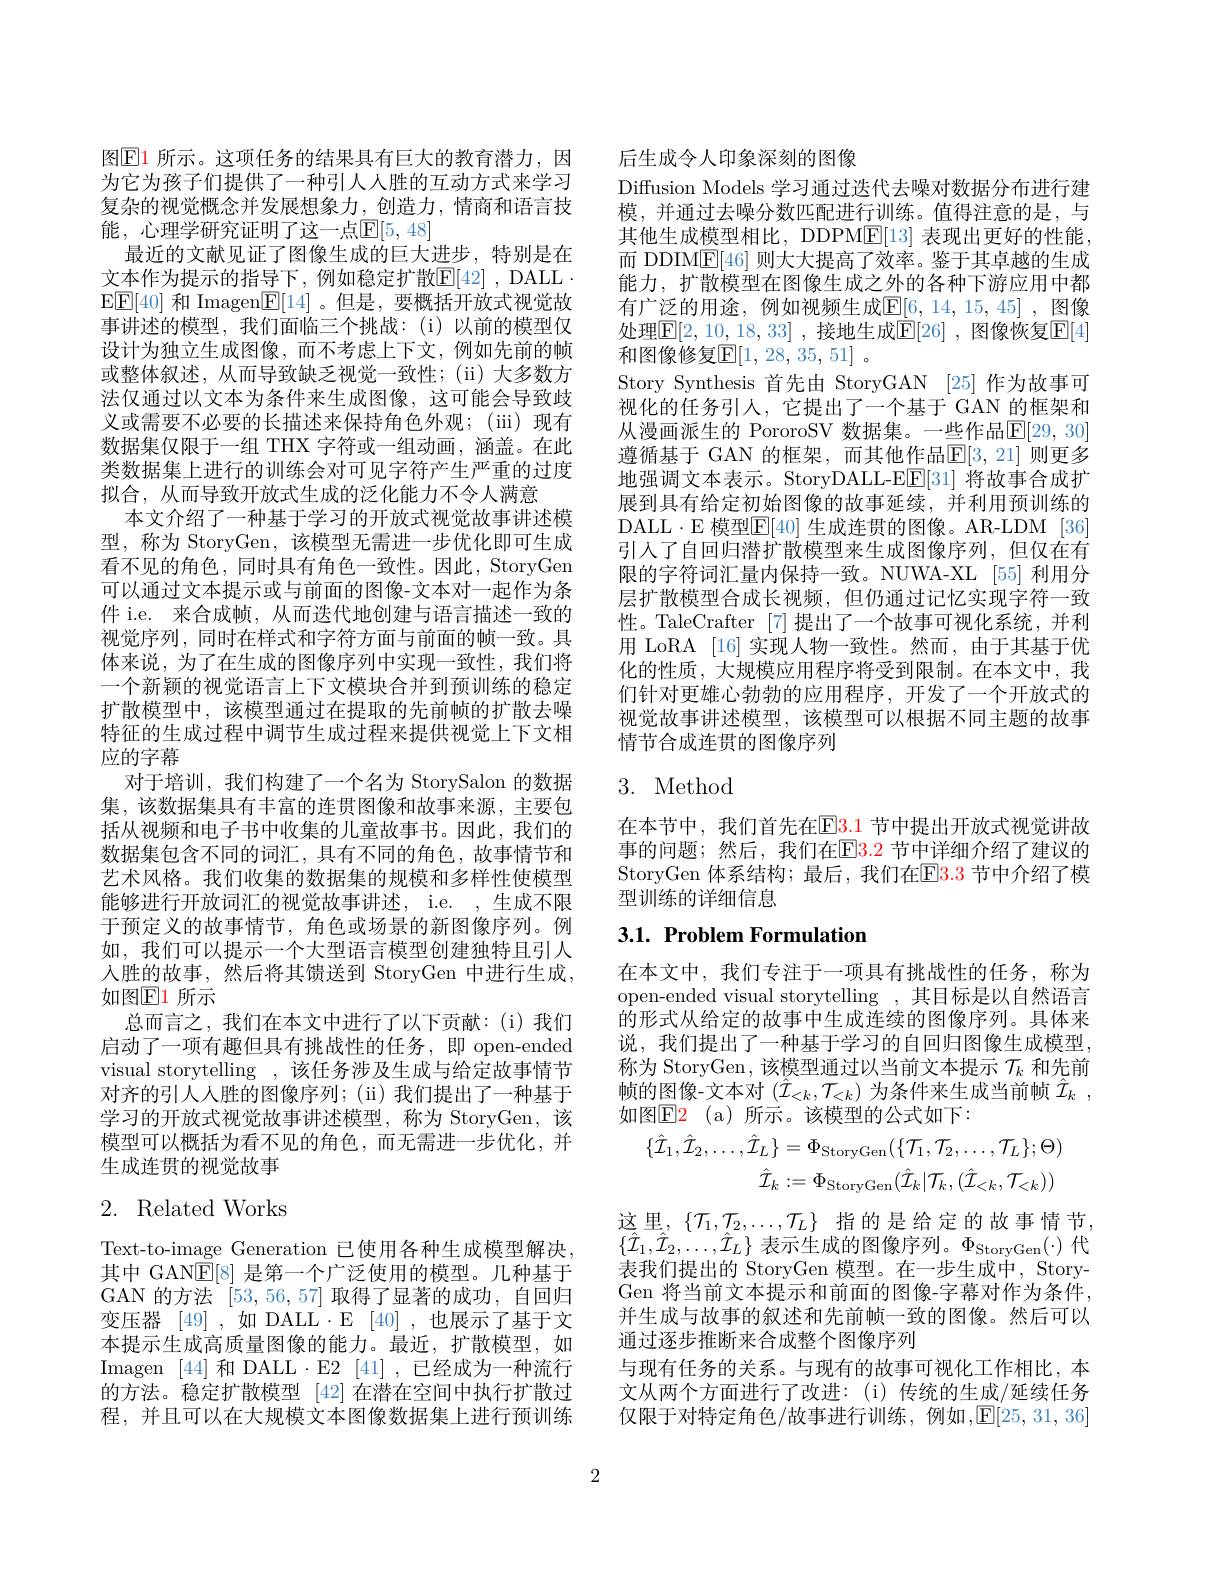
图$\boxed{\mathrm{E}}1$ 所示。这项任务的结果具有巨大的教育潜力，因为它为孩子们提供了一种引人人胜的互动方式来学习复杂的视觉概念并发展想象力，创造力，情商和语言技能，心理学研究证明了这一点$\mathbb{E}[5,48]$
最近的文献见证了图像生成的巨大进步，特别是在文本作为提示的指导下，例如稳定扩散$\mathbb{E}[42]$,DALL$\cdot$ $\operatorname{EE}[40]$和 Imagen$\boxed{\mathbb{F}}[14]$ 。但是，要概括开放式视觉故事讲述的模型，我们面临三个挑战：(i)以前的模型仅设计为独立生成图像，而不考虑上下文，例如先前的帧或整体叙述，从而导致缺乏视觉一致性；(ii)大多数方法仅通过以文本为条件来生成图像，这可能会导致歧义或需要不必要的长描述来保持角色外观；(iii)现有数据集仅限于一组 THX 字符或一组动画，涵盖。在此类数据集上进行的训练会对可见字符产生严重的过度拟合，从而导致开放式生成的泛化能力不令人满意
本文介绍了一种基于学习的开放式视觉故事讲述模型，称为 StoryGen,该模型无需进一步优化即可生成看不见的角色，同时具有角色一致性。因此，StoryGen 可以通过文本提示或与前面的图像-文本对一起作为条件 i.e. 来合成帧，从而迭代地创建与语言描述一致的视觉序列，同时在样式和字符方面与前面的帧一致。具体来说，为了在生成的图像序列中实现一致性，我们将一个新颖的视觉语言上下文模块合并到预训练的稳定扩散模型中，该模型通过在提取的先前帧的扩散去噪特征的生成过程中调节生成过程来提供视觉上下文相应的字幕
对于培训，我们构建了一个名为 StorySalon 的数据集，该数据集具有丰富的连贯图像和故事来源，主要包括从视频和电子书中收集的儿童故事书。因此，我们的数据集包含不同的词汇，具有不同的角色，故事情节和艺术风格。我们收集的数据集的规模和多样性使模型能够进行开放词汇的视觉故事讲述，i.e. ,生成不限于预定义的故事情节，角色或场景的新图像序列。例如，我们可以提示一个大型语言模型创建独特且引人入胜的故事，然后将其馈送到 StoryGen 中进行生成， 如图$\mathbb{E}$1 所示
总而言之，我们在本文中进行了以下贡献：(i)我们启动了一项有趣但具有挑战性的任务，即 open-ended visual storytelling ,该任务涉及生成与给定故事情节对齐的引人人胜的图像序列；(ii)我们提出了一种基于学习的开放式视觉故事讲述模型，称为 StoryGen,该模型可以概括为看不见的角色，而无需进一步优化，并生成连贯的视觉故事2. Related Works

Text-to-image Generation 已使用各种生成模型解决， 其中 GAN$\mathbb{E}[8]$是第一个广泛使用的模型。几种基于GAN 的方法[53,56,57]取得了显著的成功，自回归变压器 [49] ,如 DALL $\cdot$E [40] ,也展示了基于文本提示生成高质量图像的能力。最近，扩散模型，如Imagen [44] 和 DALL·E2[41],已经成为一种流行的方法。稳定扩散模型 [42]在潜在空间中执行扩散过程，并且可以在大规模文本图像数据集上进行预训练

后生成令人印象深刻的图像
Diffusion Models 学习通过迭代去噪对数据分布进行建模，并通过去噪分数匹配进行训练。值得注意的是，与其他生成模型相比，DDPME[13] 表现出更好的性能， 而 DDIM$\mathbb{E}[46]$则大大提高了效率。鉴于其卓越的生成能力，扩散模型在图像生成之外的各种下游应用中都有广泛的用途，例如视频生成$\underline{\mathrm{E}}[6,14,15,45]$ ,图像处理$\mathbb{E}[2,10,\underline{18},33]$ ,接地生成$\mathbb{E}[26]$ ,图像恢复$\mathbb{E}[4]$ 和图像修复$\mathbb{E}[1,28,35,51]$。
Story Synthesis 首先由 StoryGAN [25] 作为故事可视化的任务引人，它提出了一个基于 GAN 的框架和从漫画派生的 PororoSV 数据集。一些作品$\mathbb{E}[29,30]$ 遵循基于 GAN 的框架，而其他作品$\mathbb{E}[3,21]$ 则更多地强调文本表示。StoryDALL-EE[31] 将故事合成扩展到具有给定初始图像的故事延续，并利用预训练的DALL·E 模型$\overline{\mathbb{F}}[40]$ 生成连贯的图像。AR-LDM [36] 引入了自回归潜扩散模型来生成图像序列，但仅在有限的字符词汇量内保持一致。NUWA-XL [55] 利用分层扩散模型合成长视频，但仍通过记忆实现字符一致性。TaleCrafter [7]提出了一个故事可视化系统，并利用 LoRA [16] 实现人物一致性。然而，由于其基于优化的性质，大规模应用程序将受到限制。在本文中，我们针对更雄心勃勃的应用程序，开发了一个开放式的视觉故事讲述模型，该模型可以根据不同主题的故事情节合成连贯的图像序列

# 3. Method

在本节中，我们首先在$\color{red}{\mathrm{E3.1}}$节中提出开放式视觉讲故事的问题；然后，我们在E3.2 节中详细介绍了建议的StoryGen 体系结构；最后，我们在$\mathbb{E}$3.3 节中介绍了模型训练的详细信息

# $3. 1. \textbf{ Problem Formulation}$

在本文中，我们专注于一项具有挑战性的任务，称为open-ended visual storytelling , 其目标是以自然语言的形式从给定的故事中生成连续的图像序列。具体来说，我们提出了一种基于学习的自回归图像生成模型， 称为 StoryGen, 该模型通过以当前文本提示$\mathcal{T}_k$和先前帧的图像-文本对$(\hat{\mathcal{I}}_{<k},\mathcal{T}_{<k})$为条件来生成当前帧$\hat{\mathcal{I} } _k$ , 如图$\mathbb{E} 2$ (a)所示。该模型的公式如下：
$$\{\hat{\mathcal{I}}_{1},\hat{\mathcal{I}}_{2},\ldots,\hat{\mathcal{I}}_{L}\}=\Phi_{\mathrm{StoryGen}}(\{\mathcal{T}_{1},\mathcal{T}_{2},\ldots,\mathcal{T}_{L}\};\Theta)\\\hat{\mathcal{I}}_{k}:=\Phi_{\mathrm{StoryGen}}(\hat{\mathcal{I}}_{k}|\mathcal{T}_{k},(\hat{\mathcal{I}}_{<k},\mathcal{T}_{<k}))$$
这里，$\{\mathcal{T}_1,\mathcal{T}_2,\ldots,\mathcal{T}_L\}$指的是给定的故事情节， $\{\hat{\mathcal{I}}_{1},\hat{\mathcal{I}}_{2},\ldots,\hat{\mathcal{I}}_{L}\}$表示生成的图像序列。$\Phi_\mathrm{StoryGen}(\cdot)$代表我们提出的 StoryGen 模型。在一步生成中，StoryGen 将当前文本提示和前面的图像-字幕对作为条件， 并生成与故事的叙述和先前帧一致的图像。然后可以通过逐步推断来合成整个图像序列
与现有任务的关系。与现有的故事可视化工作相比，本文从两个方面进行了改进：(i)传统的生成/延续任务仅限于对特定角色/故事进行训练，例如$,\mathbb{E}[25,31,36]$

2